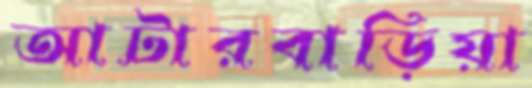
আটারবাড়িয়া